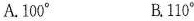
A.100^{\circ} B.110^{\circ}